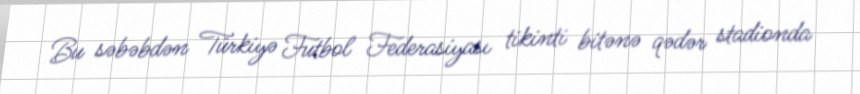
Bu səbəbdən Türkiyə Futbol Federasiyası tikinti bitənə qədər stadionda